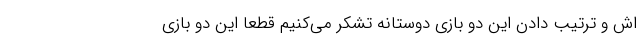
اش و ترتیب دادن این دو بازی دوستانه تشکر می‌کنیم قطعا این دو بازی